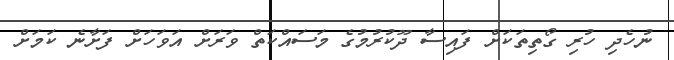
ނުހެދި ހުރި ގޯތިތަކަށް ފައިސާ ދޫކުރުމުގެ މަސައްކަތް ވަރަށް އަވަހަށް ފަށާނެ ކަމަށް